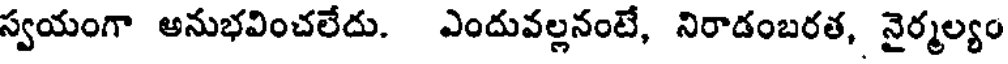
స్వయంగా అనుభవించలేదు. ఎందువల్లనంటే, నిరాడంబరత, నైర్మల్యం